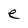
Character: e